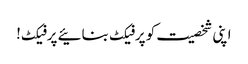
اپنی شخصیت کو پرفیکٹ بنائیے پرفیکٹ!